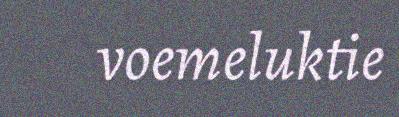
voemeluktie